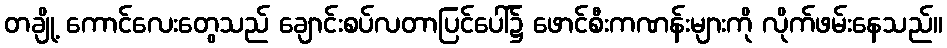
တချို့ ကောင်လေးတွေသည် ချောင်းစပ်လတာပြင်ပေါ်၌ ဖောင်စီးကဏန်းများကို လိုက်ဖမ်းနေသည်။